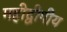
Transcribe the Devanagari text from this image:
महीद्वीपीय